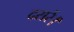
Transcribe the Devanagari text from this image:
दरारें।